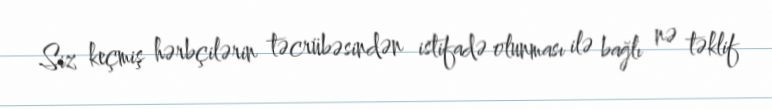
Siz keçmiş hərbçilərin təcrübəsindən istifadə olunması ilə bağlı nə təklif